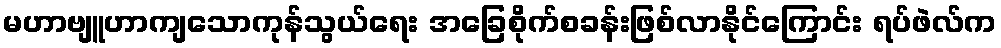
မဟာဗျူဟာကျသောကုန်သွယ်ရေး အခြေစိုက်စခန်းဖြစ်လာနိုင်ကြောင်း ရပ်ဖဲလ်က